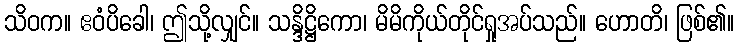
သိဝက။ ဧဝံပိခေါ၊ ဤသို့လျှင်။ သန္ဒိဋ္ဌိကော၊ မိမိကိုယ်တိုင်ရှုအပ်သည်။ ဟောတိ၊ ဖြစ်၏။